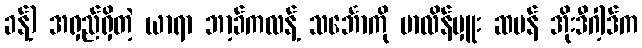
ခန့်) အရှည်ရှိတဲ့ ယာရာ ဘာ့ခ်ကလန့် သင်္ဘောကို မာလိန်မှူး ဆဗန် အိုးဒီဂါ့ဒ်က